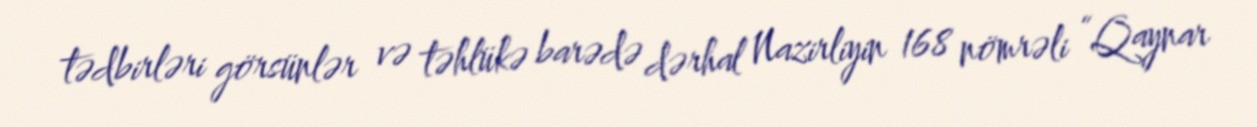
tədbirləri görsünlər və təhlükə barədə dərhal Nazirliyin 168 nömrəli “Qaynar